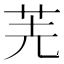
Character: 𠒌